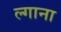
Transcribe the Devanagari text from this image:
ल्गाना